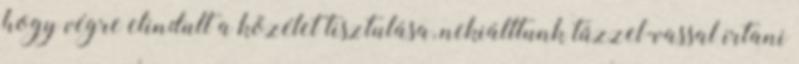
hogy végre elindult a közélet tisztulása, nekiálltunk tűzzel-vassal irtani